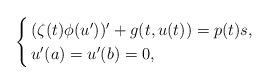
LaTeX: \begin{align*}\begin{cases}\, (\zeta(t) \phi(u'))' + g(t,u(t)) = p(t)s, \\\, u'(a) = u'(b) = 0,\end{cases}\end{align*}